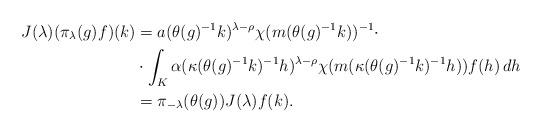
LaTeX: \begin{align*} J (\lambda) (\pi_\lambda (g) f) (k) & = a (\theta (g)^{-1} k)^{\lambda - \rho} \chi (m (\theta (g)^{-1} k))^{-1}\cdot\\& \cdot \int_K \alpha (\kappa(\theta (g)^{-1} k)^{-1} h)^{\lambda - \rho} \chi (m (\kappa (\theta (g)^{-1} k)^{-1} h)) f (h)\, d h\\& = \pi_{- \lambda} (\theta (g)) J (\lambda) f (k).\end{align*}